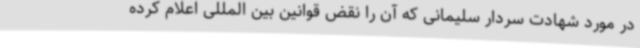
در مورد شهادت سردار سلیمانی که آن را نقض قوانین بین المللی اعلام کرده